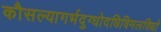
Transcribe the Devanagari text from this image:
कौसल्यागर्भदुग्धोदधिविमलविधो